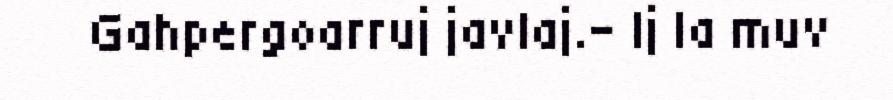
Gahpergoarruj javlaj.– Ij la muv